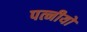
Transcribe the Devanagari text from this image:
पत्नीयों